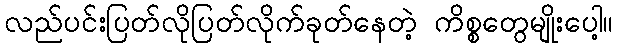
လည်ပင်းပြတ်လိုပြတ်လိုက်ခုတ်နေတဲ့ ကိစ္စတွေမျိုးပေါ့။